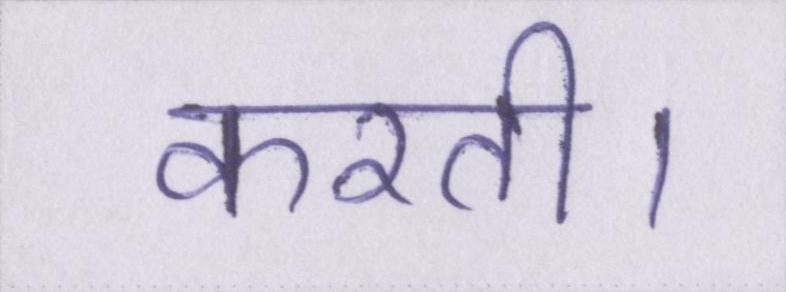
करती।